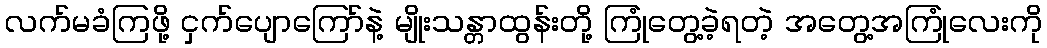
လက်မခံကြဖို့ ငှက်ပျောကြော်နဲ့ မျိုးသန္တာထွန်းတို့ ကြုံတွေ့ခဲ့ရတဲ့ အတွေ့အကြုံလေးကို